Leprosy in India: report of the Leprosy Commission in India, 1890-91
Year: 1890
Disease focus: Leprosy
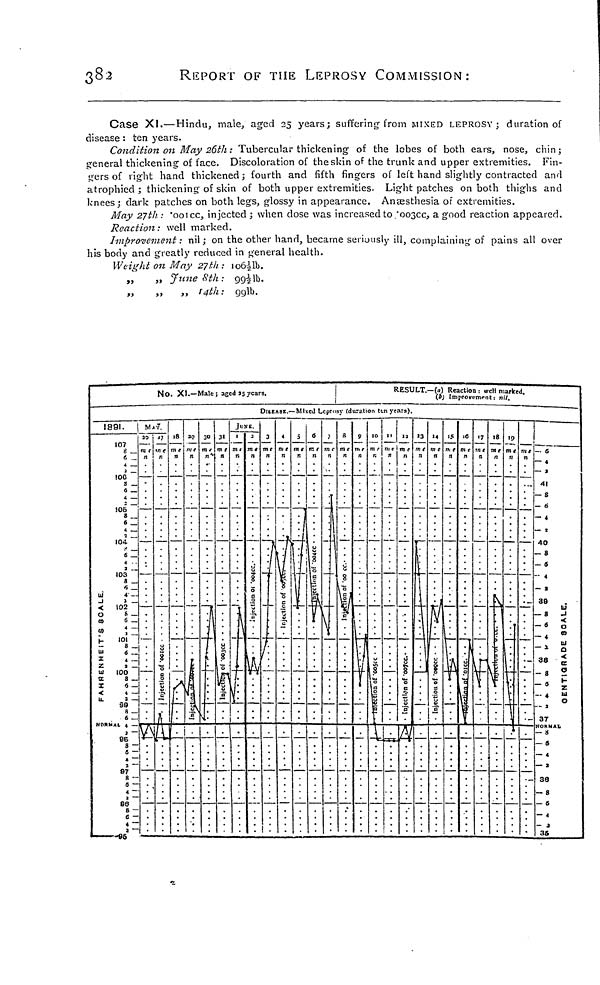
382
REPORT OF THE LEPROSY COMMISSION:
Case XI.—Hindu, male, aged 25 years; suffering from MIXED LEPROSY; duration of
disease : ten years.
Condition on May 26th : Tubercular thickening of the lobes of both ears, nose, chin;
general thickening of face. Discoloration of the skin of the trunk and upper extremities. Fin-
gers of right hand thickened ; fourth and fifth fingers of left hand slightly contracted and
atrophied ; thickening of skin of both upper extremities. Light patches on both thighs and
knees; dark patches on both legs, glossy in appearance. Anæsthesia of extremities.
May 27th : 'ooicc, injected ; when dose was increased to '003cc, a good reaction appeared.
Reaction: well marked.
Improvement: nil; on the other hand, became seriously ill, complaining of pains all over
his body and greatly reduced in general health.
Weight on May 27th : 1061/2lb.
,,
,,
June 8th: 991/2lb.
„
,,
,, 14th:
90,1b.